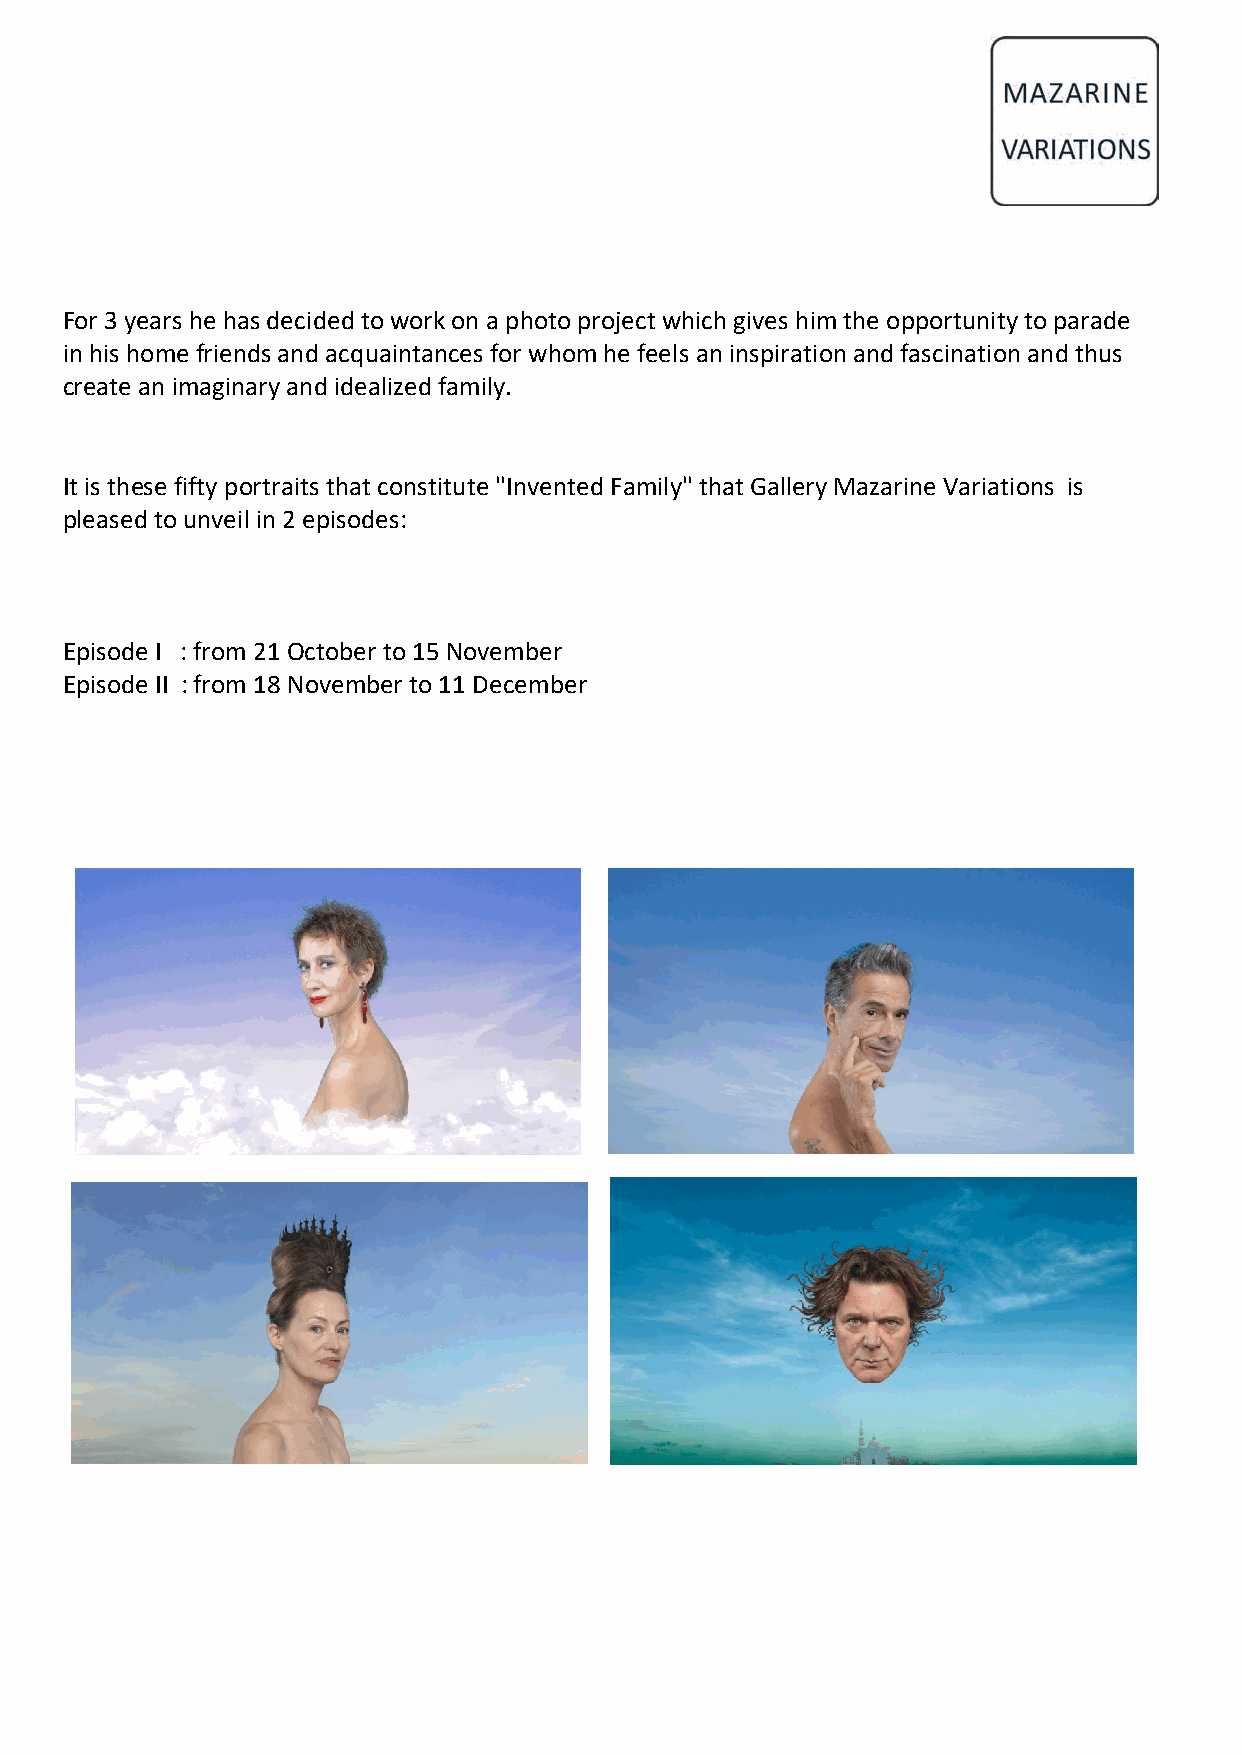
For 3 years he has decided to work on a photo project which gives him the opportunity to parade
 in his home friends and acquaintances for whom he feels an inspiration and fascination and thus
 create an imaginary and idealized family.
 It is these fifty portraits that constitute "Invented Family" that Gallery Mazarine Variations is
 pleased to unveil in 2 episodes:
 Episode I : from 21 October to 15 November
 Episode II : from 18 November to 11 December